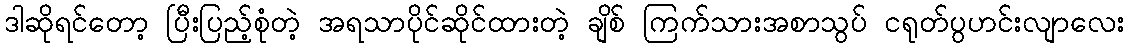
ဒါဆိုရင်တော့ ပြီးပြည့်စုံတဲ့ အရသာပိုင်ဆိုင်ထားတဲ့ ချိစ် ကြက်သားအစာသွပ် ငရုတ်ပွဟင်းလျာလေး